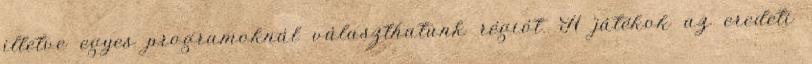
illetve egyes programoknál választhatunk régiót. A játékok az eredeti